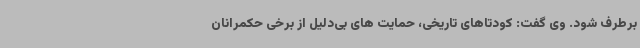
برطرف شود. وی گفت: کودتاهای تاریخی، حمایت های بی‌دلیل از برخی حکمرانان